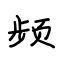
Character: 频